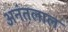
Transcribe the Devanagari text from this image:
अनंतलाल